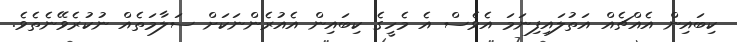
ކިބައިން އެއްޗެއް އަތުލައިފިނަމަ އެވެސް އެ މެހީގެ ކިބައިން އެއުރެންނަކަށް ސަލާމަތެއް ނުކުރެވޭނެތެވެ.